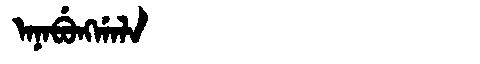
Manchu: ᠠᠨᠠᠪᡠᠩᡤᠠᠯᠠ
Romanization: ANABUNGGALA